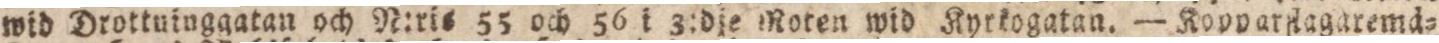
wid Drottuinggatan och N:ris 55 och 56 i 3:die Roten wid Kyrkogatan. — Kopparflagaremä=